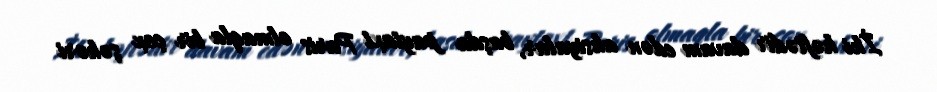
İki həftədir davam edən aksiyalar, başda paytaxt Paris olmaqla bir çox şəhəri